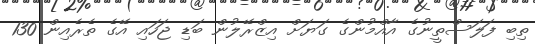
ތިބި ފަލަސްތީނުގެ އާއްމުުންގެ ގަޔަށް އިޒްރޭލުން ބަޑި ޖަހައި އޭގެ ތެރެއިން 130